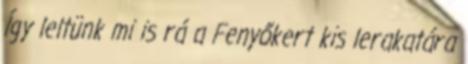
Így leltünk mi is rá a Fenyőkert kis lerakatára